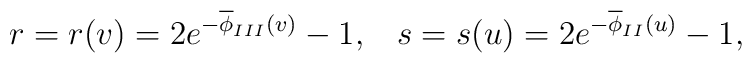
r = r(v) = 2 e^{-\overline{\phi}_{III}(v)  } - 1, \;\;\;s = s(u) = 2 e^{-\overline{\phi}_{II}(u)  } - 1, \;\;